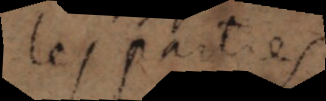
des Cartes